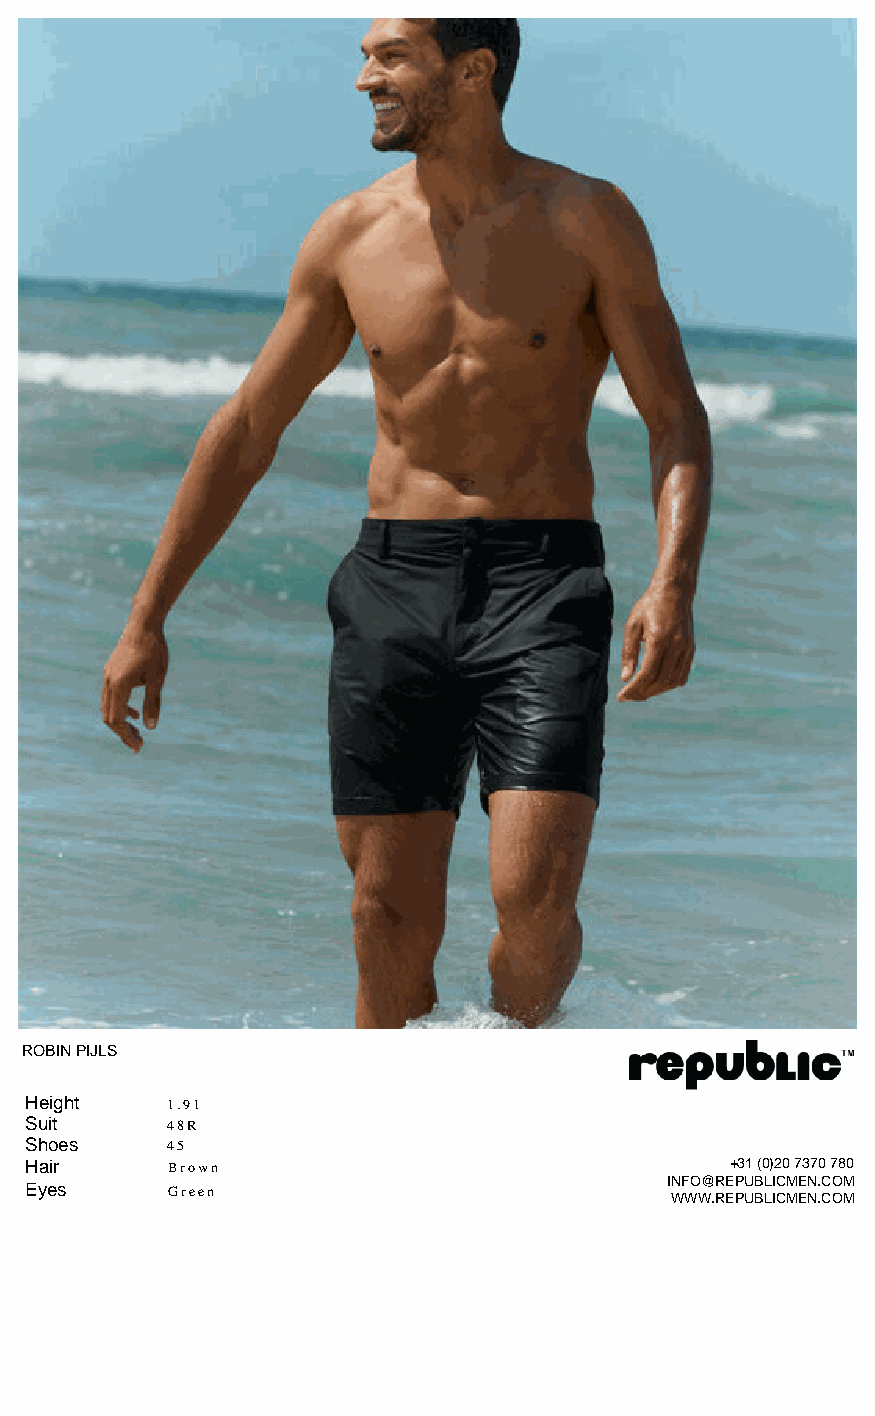
ROBIN PIJLS
 Height   1.91
 Suit     48R
 Shoes    45
 Hair     Brown                                +31 (0)20 7370 780
 INFO@REPUBLICMEN.COM
 Eyes     Green
 WWW.REPUBLICMEN.COM